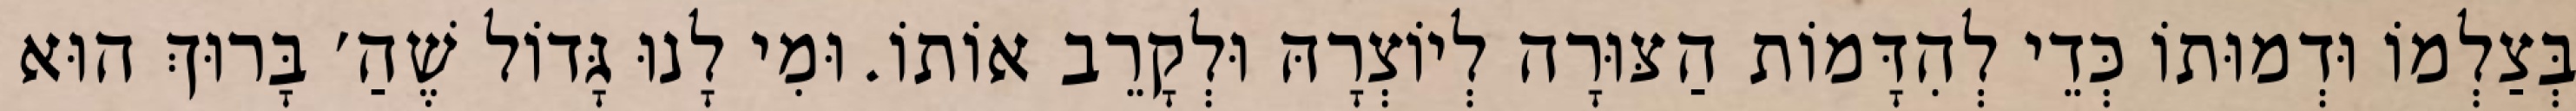
בְּצַלְמוֹ וּדְמוּתוֹ כְּדֵי לְהִדָּמוֹת הַצּוּרָה לְיוֹצְרָהּ וּלְקָרֵב אוֹתוֹ. וּמִי לָנוּ גָּדוֹל שֶׁהַ׳ בָּרוּךְ הוּא